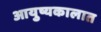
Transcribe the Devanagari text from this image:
आयुष्यकालात